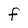
Character: F